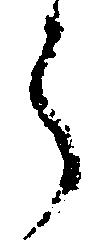
了